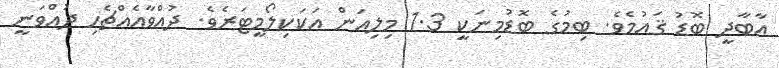
އާބާދީ ބޮޑު ޤައުމެވެ. ބިމުގެ ބޮޑުމިނަކީ 1.3 މިލިއަން އަކަކިލޯމީޓަރެވެ. ދުއްވާއެއްޗެހި ދުއްވަނީ